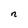
Character: n